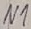
Text: N1